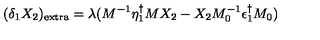
( \delta _ { 1 } X _ { 2 } ) _ { \mathrm { e x t r a } } = \lambda ( M ^ { - 1 } \eta _ { 1 } ^ { \dagger } M X _ { 2 } - X _ { 2 } M _ { 0 } ^ { - 1 } \epsilon _ { 1 } ^ { \dagger } M _ { 0 } )